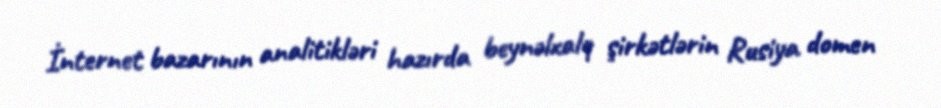
İnternet bazarının analitikləri hazırda beynəlxalq şirkətlərin Rusiya domen